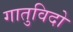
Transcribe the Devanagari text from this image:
गातुविदो